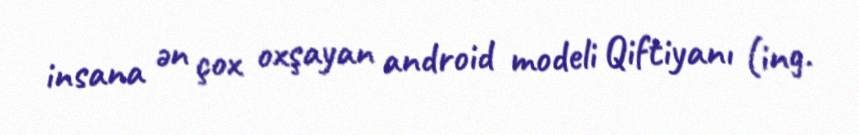
insana ən çox oxşayan android modeli Qiftiyanı (ing.